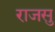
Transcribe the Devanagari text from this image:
राजसु